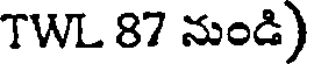
TWL 87 నుండి)